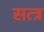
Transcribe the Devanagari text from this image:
सत्त्र